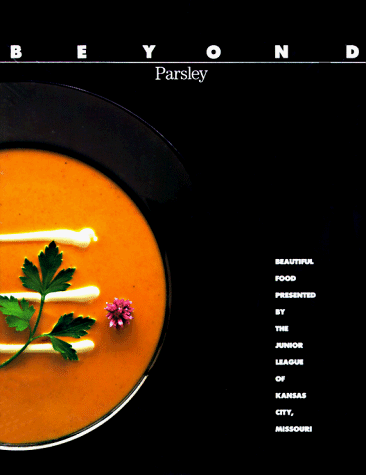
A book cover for Beyond Parsley: Beautiful Food; Junior League of Kansas City; Cookbooks, Food & Wine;